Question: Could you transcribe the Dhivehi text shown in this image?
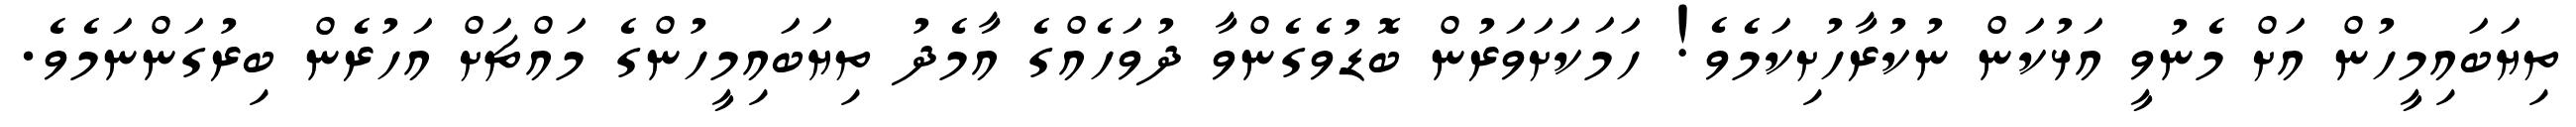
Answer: ތިޔަބައިމީހުން އަށް މެނުވީ އަޅުކަން ނުކުރާހުށިކަމެވެ! ހަމަކަށަވަރުން ބޮޑުވެގެންވާ ދުވަހެއްގެ އާމެދު ތިޔަބައިމީހުންގެ މައްޗަށް އަހުރެން ބިރުގަންނަމެވެ.